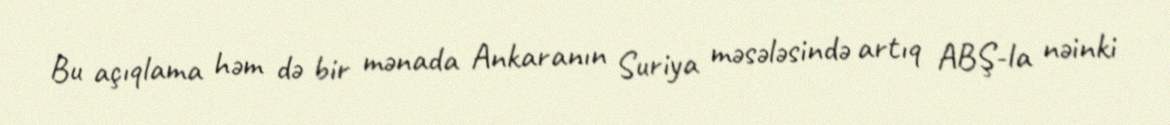
Bu açıqlama həm də bir mənada Ankaranın Suriya məsələsində artıq ABŞ-la nəinki